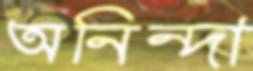
অনিন্দা